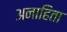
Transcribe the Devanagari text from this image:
अनाहिता